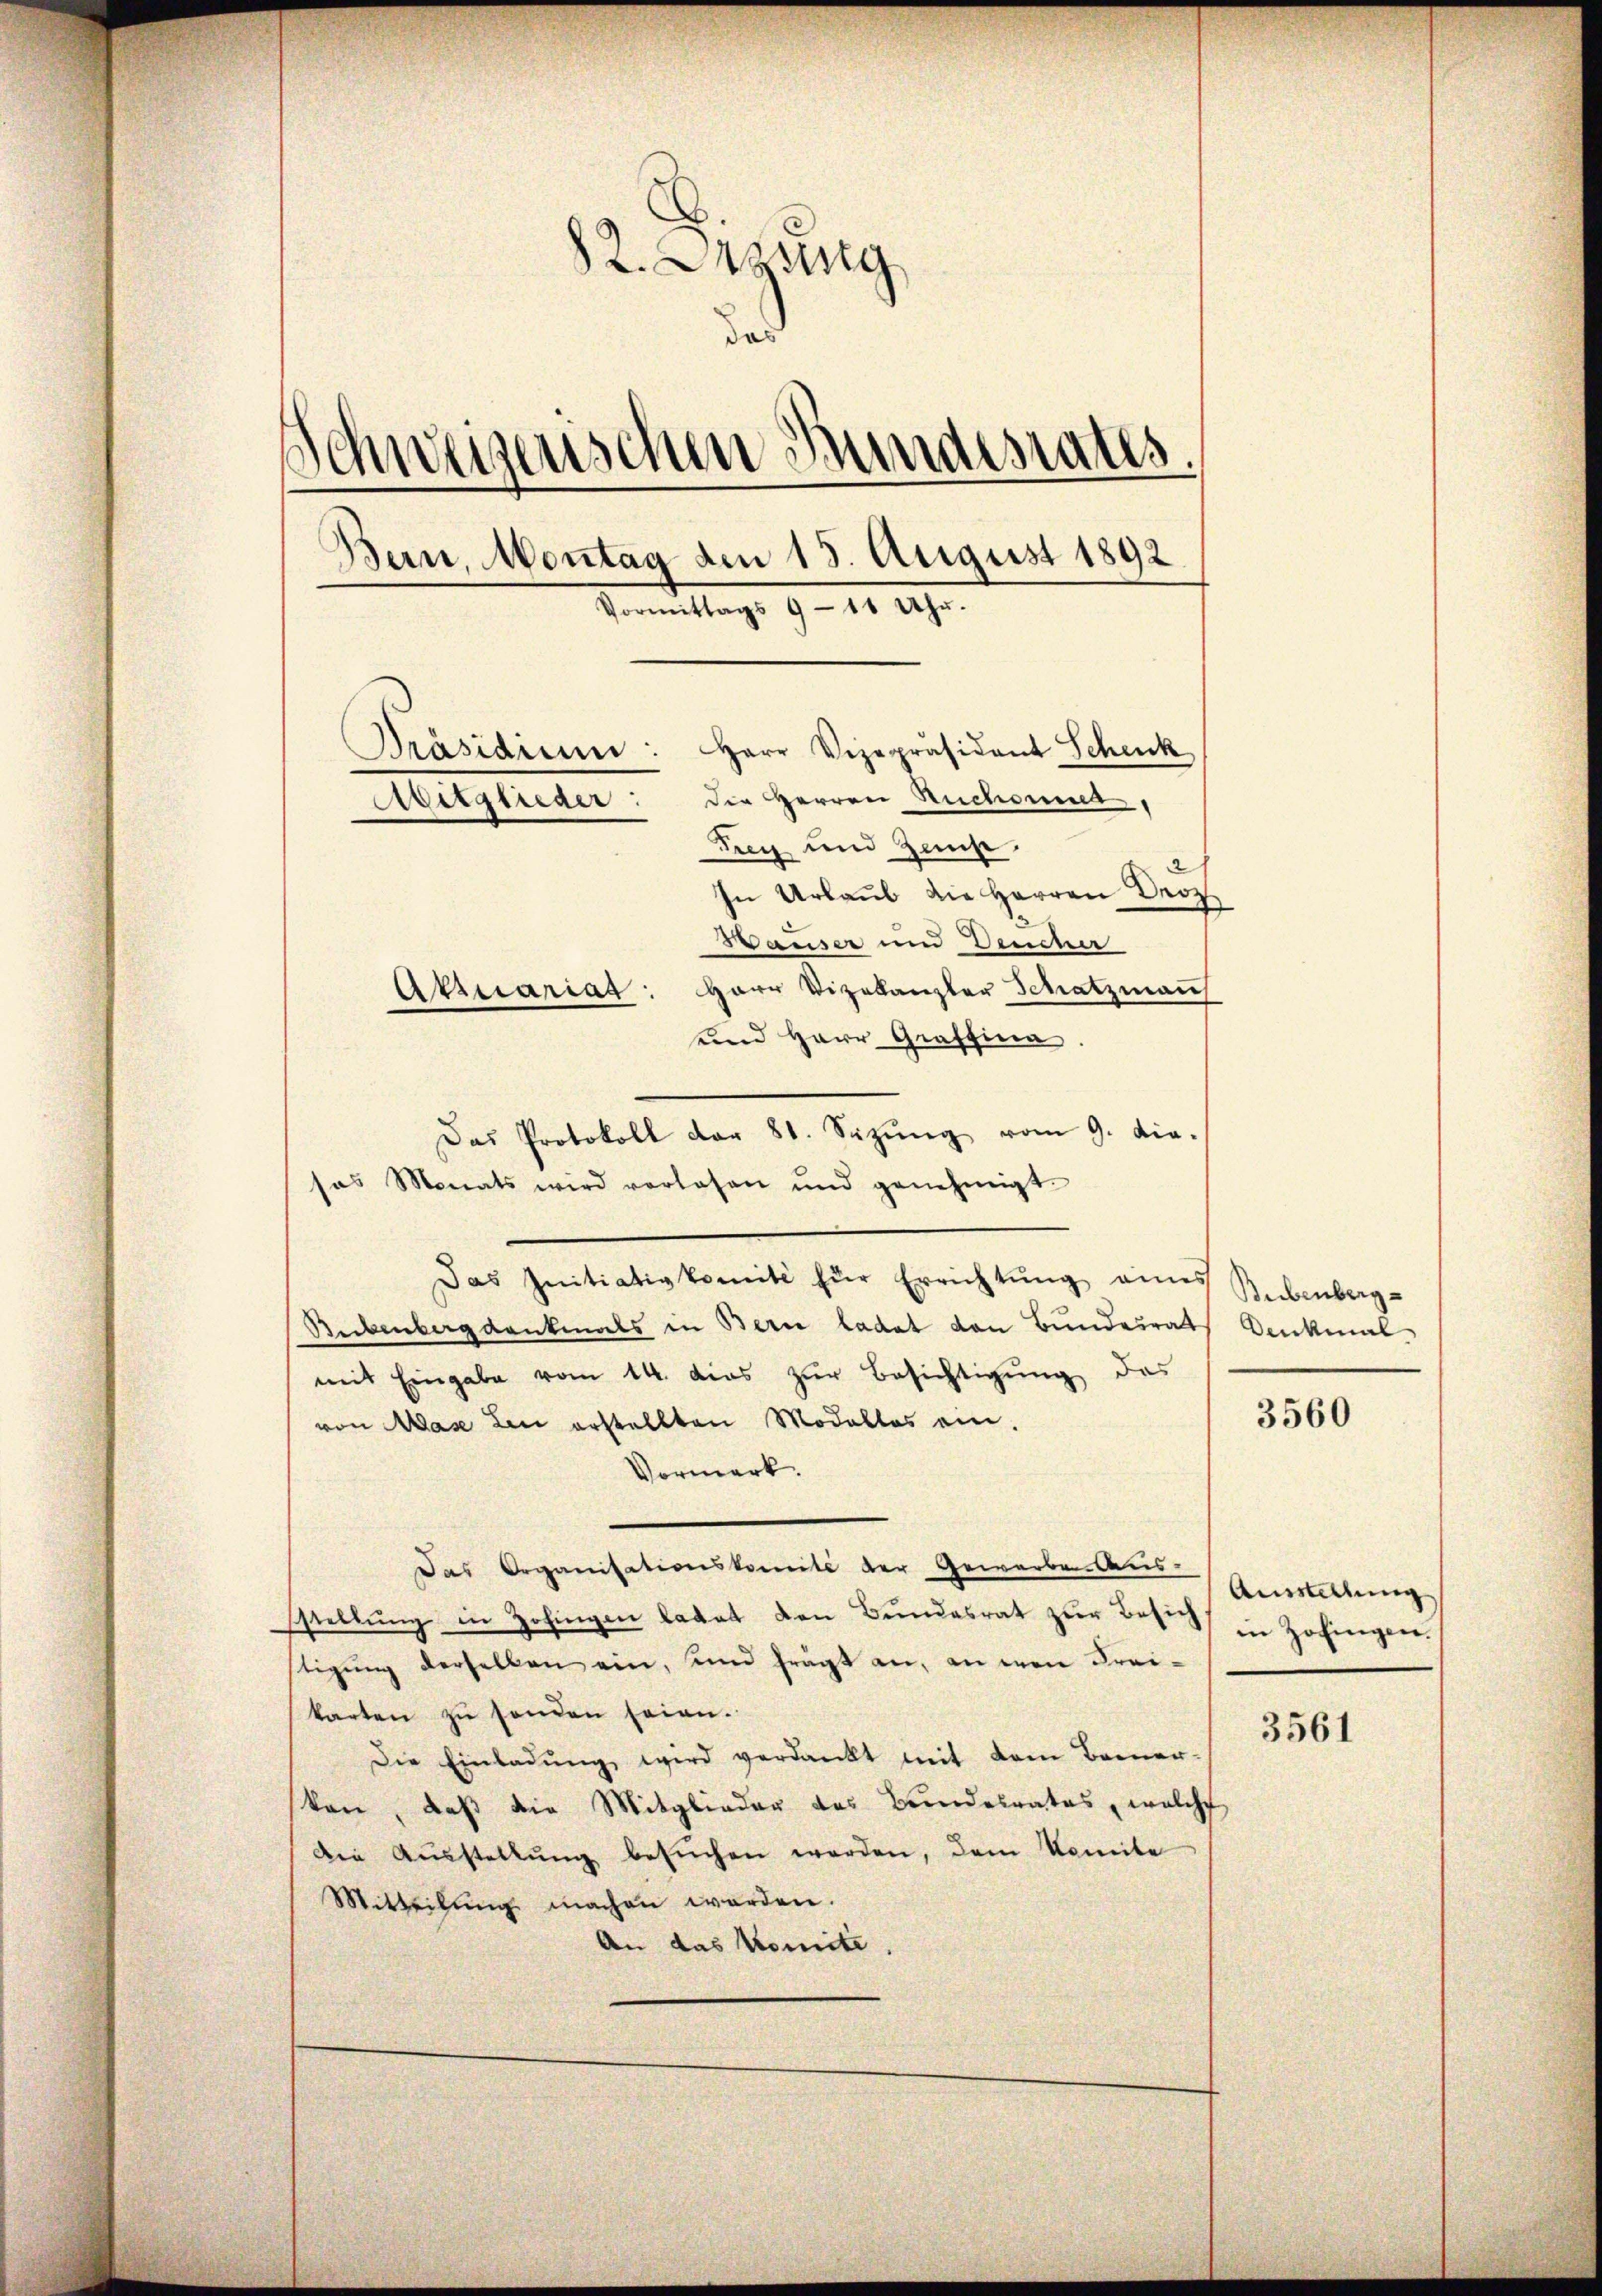
82. Dezing
das
Schweizerischen Bundesrates.
Bern, Montag den 13. August 1892
Vormittags 9 - 11 Uhr.
Präsidium: Herr Vizepräsident Schenk
dDie Herren Ruchomma
Avitglieder:
Fry und Zins
In Urlaub die Herren Droz
Hauser und Deiner
Aktuariat: Herr Vizekanzler Schatzman
—
und Herr Graffina.

sos Monats wird verlesen und genehmigt.
Das Initiativkomité für Errichtung eines Rubenberg-
Sebenberg dankmals in Berne ladat von Bundesrats Denkmal
mit Eingabe vom 14. das zur Besichtigung des
von Mase den erstellten Modellos ein.
Vormerk.
Das Organisationskomite der Gewerbe. Aus-
stellung in Zofingen latat den Bundesrat zur Besich
stigung derselben ein, und frägt an, an den Freikarten zu senden seien.
Die Einladŭng wird verdankt mit dem Bemer-
kon, daß die Mitglieder des Bundesrates, welche
Die Aŭsstellŭng besŭchen werden, dem Komite
Mitteilŭng machen werden.
An das Komite.

Das Protokoll dar 81. Sizŭng vom 9. die.

3560

Ausstellung
in Zofingen.

3561